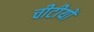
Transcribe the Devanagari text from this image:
चीटीयों